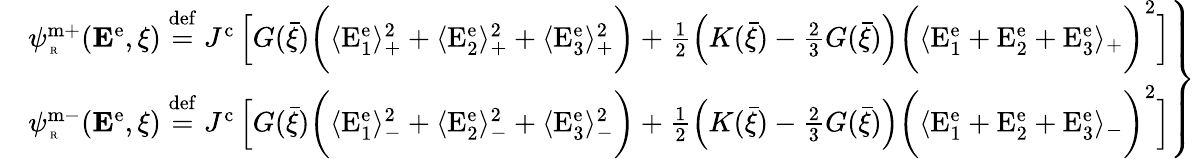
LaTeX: \left.\begin{array}{rl}&{\psi_{\mathrm{\tiny~R}}^{\mathrm{m+}}({\mathbf E}^{\mathrm{e}},\xi)\overset{\mathrm{def}}{=}J^{\mathrm{c}}\left[G(\bar{\xi})\bigg(\langle\mathrm{E}_{1}^{\mathrm{e}}\rangle_{+}^{2}+\langle\mathrm{E}_{2}^{\mathrm{e}}\rangle_{+}^{2}+\langle\mathrm{E}_{3}^{\mathrm{e}}\rangle_{+}^{2}\bigg)+\frac{1}{2}\left(K(\bar{\xi})-\frac{2}{3}G(\bar{\xi})\right)\bigg(\langle\mathrm{E}_{1}^{\mathrm{e}}+\mathrm{E}_{2}^{\mathrm{e}}+\mathrm{E}_{3}^{\mathrm{e}}\rangle_{+}\bigg)^{2}\right]}\\ &{\psi_{\mathrm{\tiny~R}}^{\mathrm{m-}}({\mathbf E}^{\mathrm{e}},\xi)\overset{\mathrm{def}}{=}J^{\mathrm{c}}\left[G(\bar{\xi})\bigg(\langle\mathrm{E}_{1}^{\mathrm{e}}\rangle_{-}^{2}+\langle\mathrm{E}_{2}^{\mathrm{e}}\rangle_{-}^{2}+\langle\mathrm{E}_{3}^{\mathrm{e}}\rangle_{-}^{2}\bigg)+\frac{1}{2}\left(K(\bar{\xi})-\frac{2}{3}G(\bar{\xi})\right)\bigg(\langle\mathrm{E}_{1}^{\mathrm{e}}+\mathrm{E}_{2}^{\mathrm{e}}+\mathrm{E}_{3}^{\mathrm{e}}\rangle_{-}\bigg)^{2}\right]}\end{array}\right\}